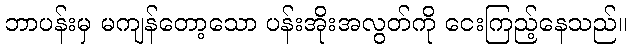
ဘာပန်းမှ မကျန်တော့သော ပန်းအိုးအလွတ်ကို ငေးကြည့်နေသည်။